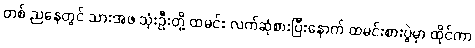
တစ် ညနေတွင် သားအဖ သုံးဦးတို့ ထမင်း လက်ဆုံစားပြီးနောက် ထမင်းစားပွဲမှာ ထိုင်ကာ